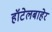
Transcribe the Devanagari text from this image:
हॉटेलबाहेर